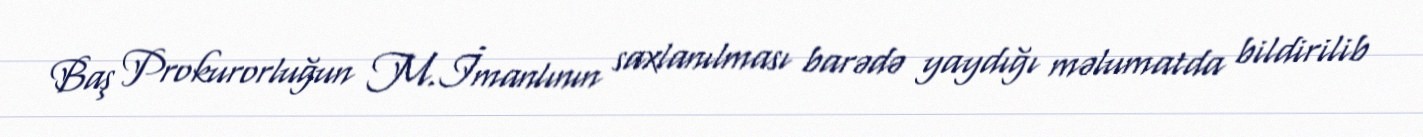
Baş Prokurorluğun M.İmanlının saxlanılması barədə yaydığı məlumatda bildirilib